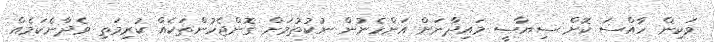
ވަކިން ހާއްސަ ކޮށް ސިޔާސީ މައިދާނަށް އަންހެނުން ނުކުތުމަށް ގޮންޖެހުންތަކެއް ކުރިމަތި ވެދާނެކަމެއް